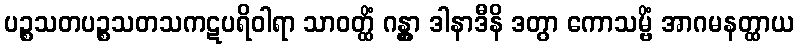
ပဉ္စသတပဉ္စသတသကဋပရိဝါရာ သာဝတ္ထိံ ဂန္တွာ ဒါနာဒီနိ ဒတွာ ကောသမ္ဗိံ အာဂမနတ္ထာယ